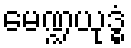
မေဏ္ဍယုဒ္ဓံ